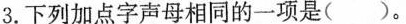
3.下列加点字声母相同的一项是( )。